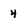
Character: 4